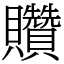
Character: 𧹏